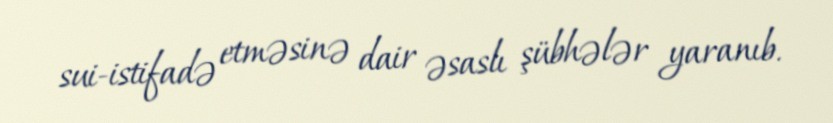
sui-istifadə etməsinə dair əsaslı şübhələr yaranıb.